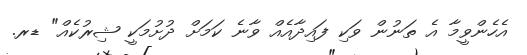
އެހެންވީމާ އެ ތަނުން ވަކި ފައިދާއެއް ވާނެ ކަމަށް ދުށުމަކީ ޝިރުކެއް" ޑރ.